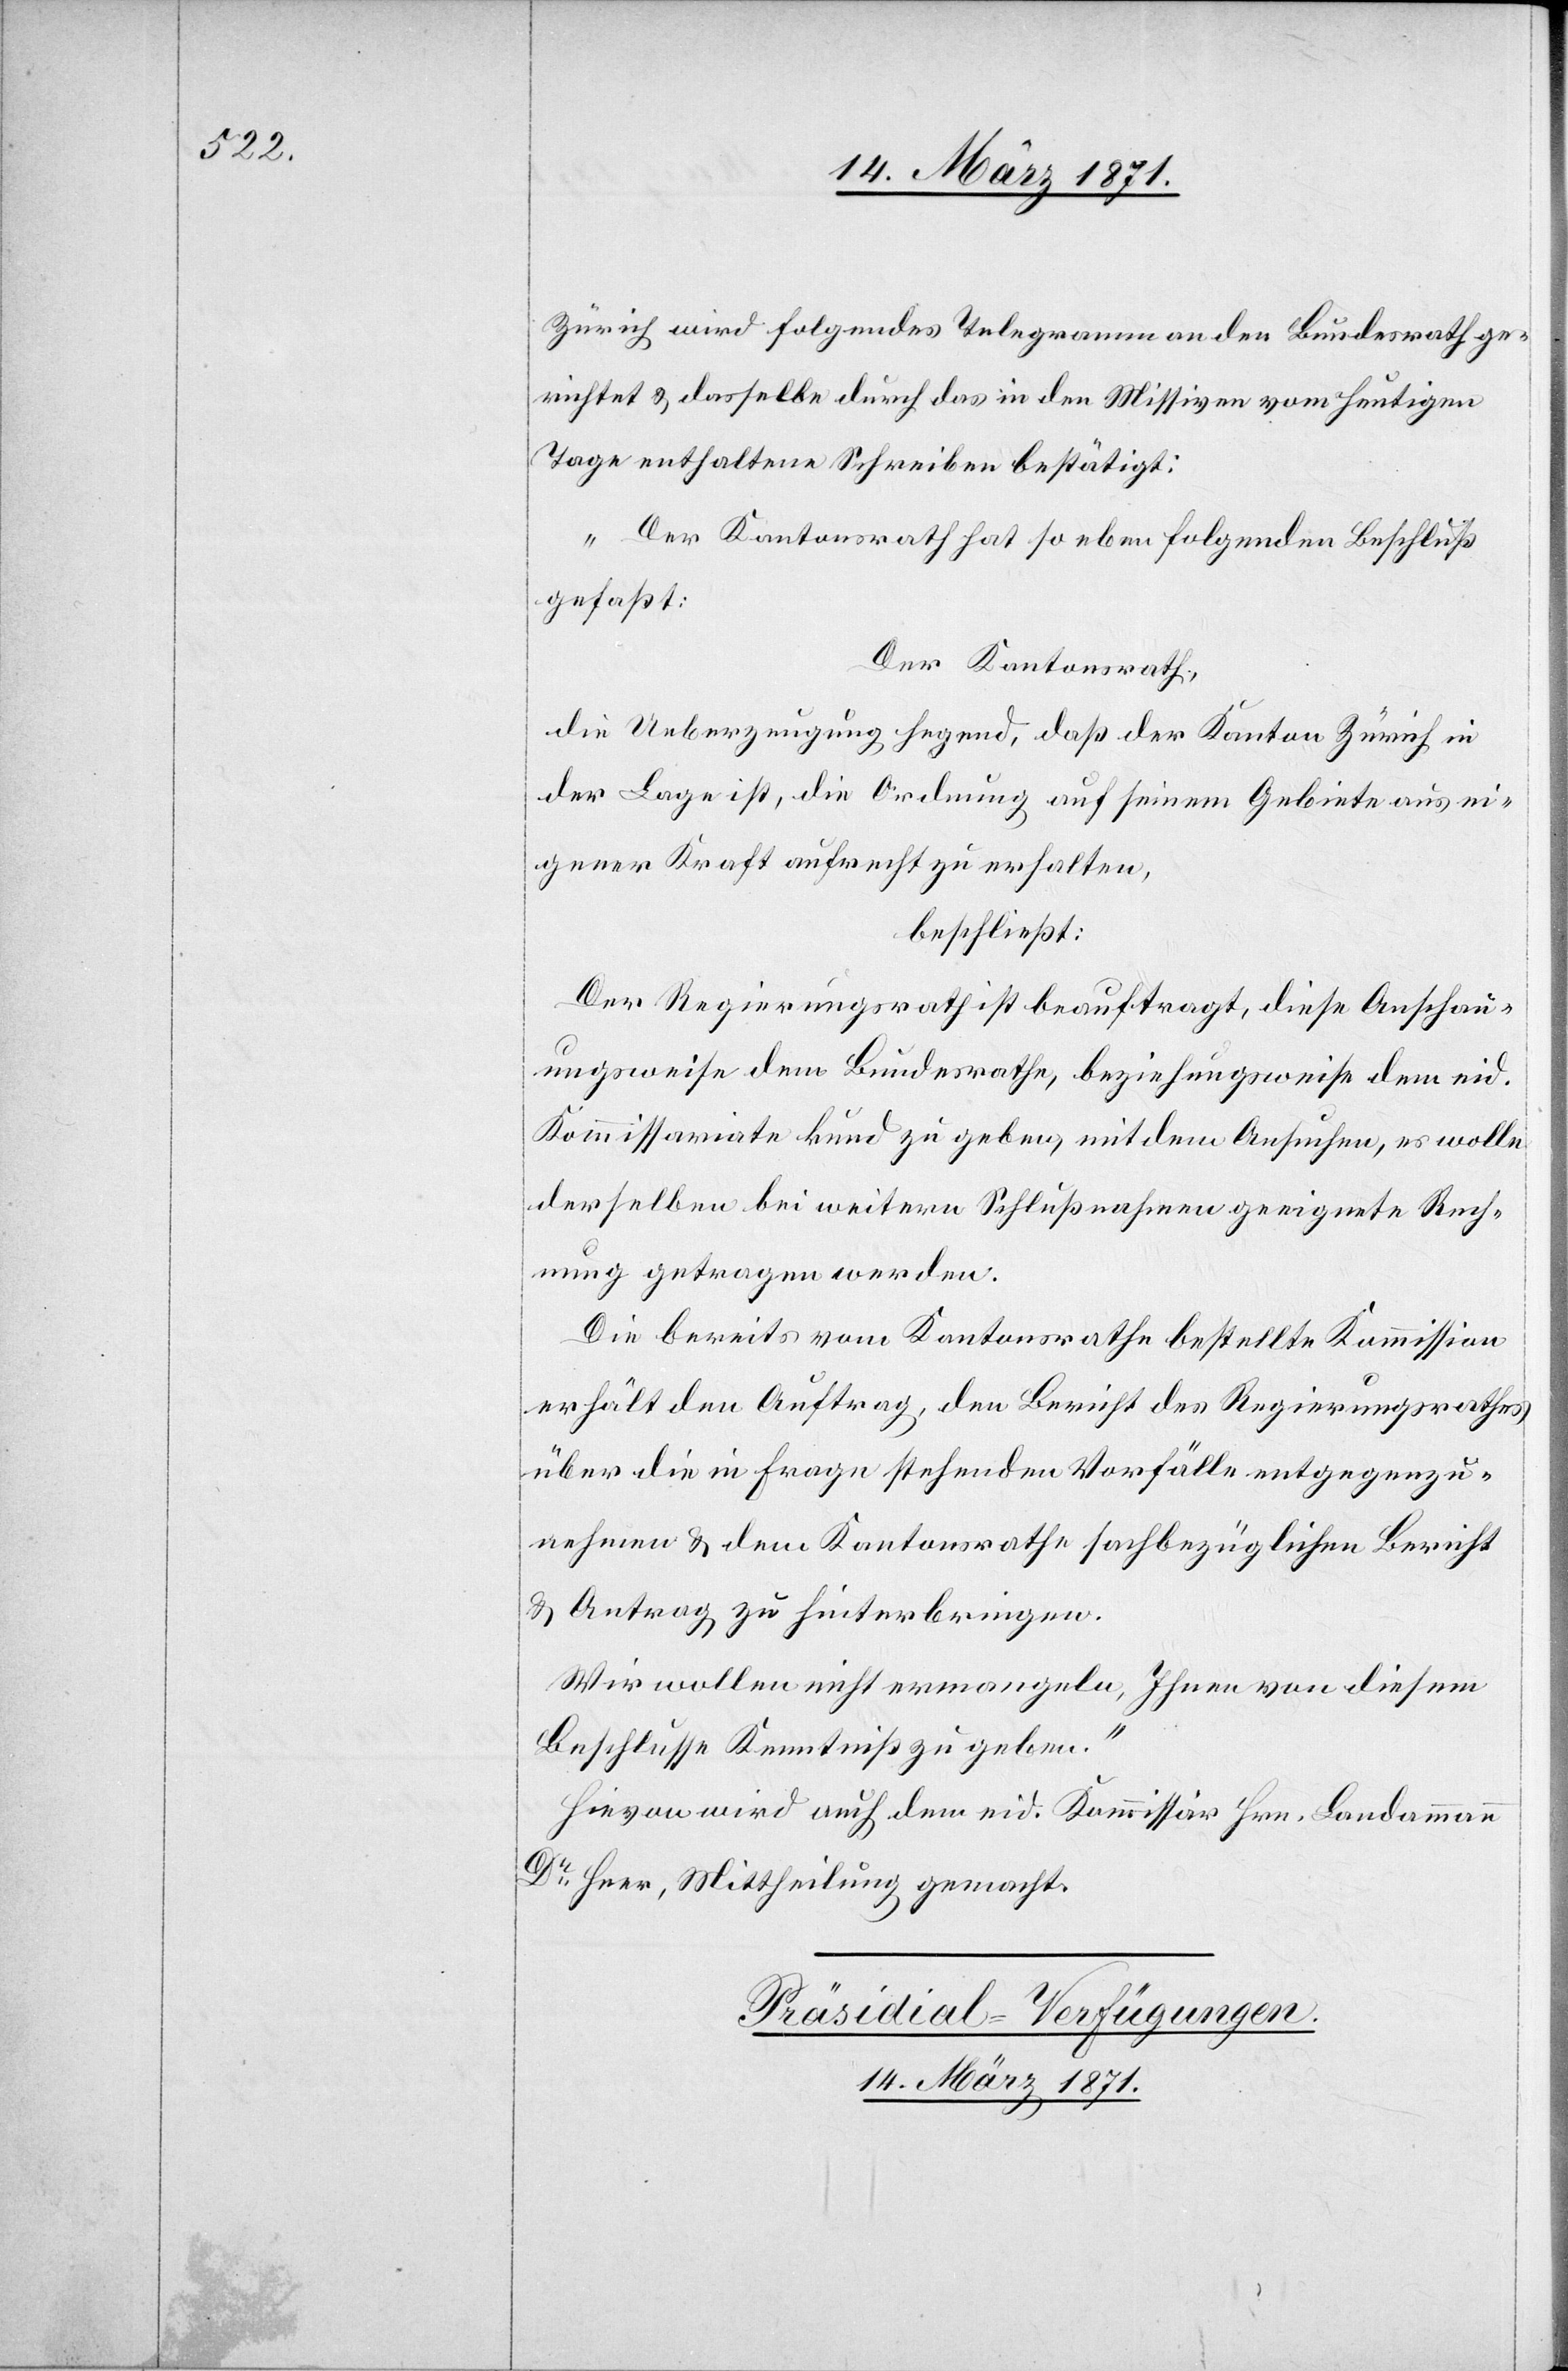
Zürich wird folgendes Telegramm an den Bundesrath ge¬
richtet u. dasselbe durch das in den Missiven vom heutigen
Tage enthaltene Schreiben bestätigt:
„Der Kantonsrath hat so eben folgenden Beschluß
gefaßt:
Der Kantonsrath,
die Ueberzeugung hegend, daß der Kanton Zürich in
der Lage ist, die Ordnung auf seinem Gebiete aus ei¬
gener Kraft aufrecht zu erhalten,
beschließt:
Der Regierungsrath ist beauftragt, diese Anschau¬
ungsweise dem Bundesrathe, beziehungsweise dem eid.
Kommissariate kund zu geben, mit dem Ansuchen, es wolle
derselben bei weitern Schlußnahmen geeignete Rech¬
nung getragen werden.
Die bereits vom Kantonsrath bestellte Kommission
erhält den Auftrag, den Bericht des Regierungsrathes
über die in Frage stehenden Vorfälle entgegenzu¬
nehmen u. dem Kantonsrathe fachbezüglichen Bericht
u. Antrag zu hinterbringen.
Wir wollen nicht ermangeln, Ihnen von diesem
Beschlusse Kenntniß zu geben.“
Hievon wird auch dem eid. Kommissär Hrn. Landammann
Dr. Heer, Mittheilung gemacht.